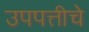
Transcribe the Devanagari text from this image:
उपपत्तीचे